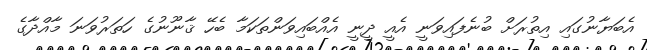
އެބަޔާނުގައި އިތުރަށް ބުނެފައިވަނީ އެއީ ދީނީ އެެއްބައިވަންތަކަމާ ބެހޭ ޤާނޫނުގެ ހަތަރުވަނަ މާއްދާގެ